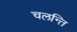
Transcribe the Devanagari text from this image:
चलन्ति